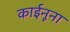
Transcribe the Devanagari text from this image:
काईनूना